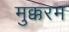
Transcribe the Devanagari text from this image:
मुक्करम